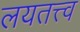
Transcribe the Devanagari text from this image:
लयतत्त्व